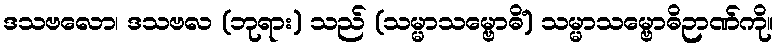
ဒသဗလော၊ ဒသဗလ (ဘုရား) သည် (သမ္မာသမ္ဗောဓိံ) သမ္မာသမ္ဗောဓိဉာဏ်ကို။